French and German assistants in Scottish schools and training centres, 1939
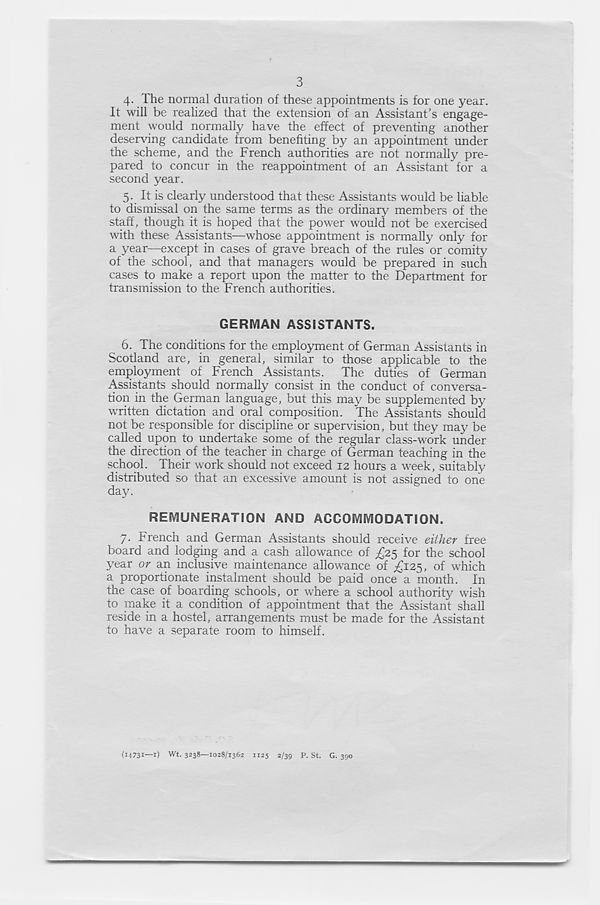
3
4- The normal duration of these appointments is for one year.
It will be realized that the extension of an Assistant’s engage-
ment would normally have the effect of preventing another
deserving candidate from benefiting by an appointment under
the scheme, and the French authorities are not normally pre-
pared to concur in the reappointment of an Assistant for a
second year.
5- It is clearly understood that these Assistants would be liable
to dismissal on the same terms as the ordinary members of the
staff, though it is hoped that the power would not be exercised
with these Assistants—whose appointment is normally only for
a year—except in cases of grave breach of the rules or comity
of the school, and that managers would be prepared in such
cases to make a report upon the matter to the Department for
transmission to the French authorities.
GERMAN ASSISTANTS.
6. The conditions for the employment of German Assistants in
Scotland are, in general, similar to those applicable to the
employment of French Assistants. The duties of German
Assistants should normally consist in the conduct of conversa-
tion in the German language, but this may be supplemented by
written dictation and oral composition. The Assistants should
not be responsible for discipline or supervision, but they may be
called upon to undertake some of the regular class-work under
the direction of the teacher in charge of German teaching in the
school. Their work should not exceed 12 hours a week, suitably
distributed so that an excessive amount is not assigned to one
day.
REMUNERATION AND ACCOMMODATION.
7. French and German Assistants should receive either free
board and lodging and a cash allowance of £25 for the school
year or an inclusive maintenance allowance of ^125, of which
a proportionate instalment should be paid once a month. In
the case of boarding schools, or where a school authority wish
to make it a condition of appointment that the Assistant shall
reside in a hostel, arrangements must be made for the Assistant
to have a separate room to himself.
(14731—1) wt. 3238—1028/1362 1125 2/39 P. St. G. 390